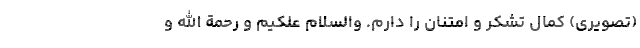
(تصویری) کمال تشکر و امتنان را دارم. والسلام علکیم و رحمة الله و